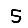
Digit: 5